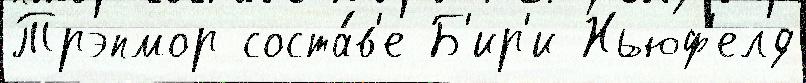
Трэпмор соста́в'е Б'ир'и Ньюф'елд